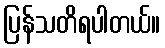
ပြန်သတိရပါတယ်။